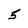
Character: 5